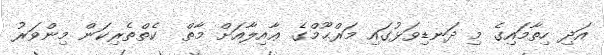
އަދި ހިތާމައިގެ މި ދަނޑިވަޅުގައި މަރްޙޫމްގެ ޢާއިލާއަށް މާތް  ކެތްތެރިކަން މިންވަރު